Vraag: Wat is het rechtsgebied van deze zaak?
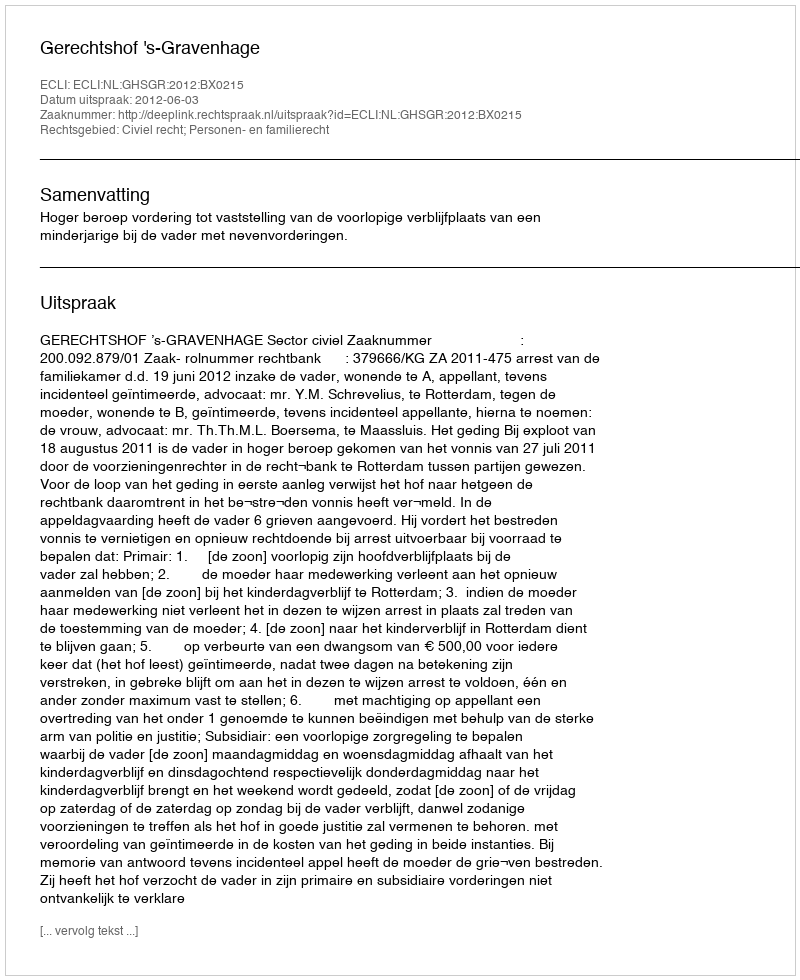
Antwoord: Civiel recht; Personen- en familierecht